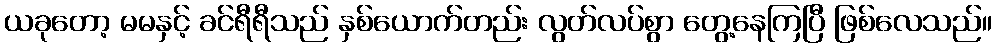
ယခုတော့ မမနှင့် ခင်ရီရီသည် နှစ်ယောက်တည်း လွတ်လပ်စွာ တွေ့နေကြပြီ ဖြစ်လေသည်။